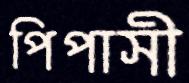
পিপাসী